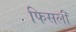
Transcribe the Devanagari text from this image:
फिसली